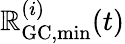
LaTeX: \mathbb{R}_{\mathrm{{GC,min}}}^{(i)}(t)